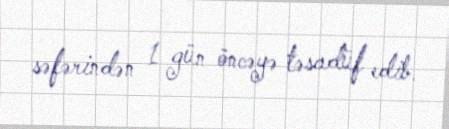
səfərindən 1 gün öncəyə təsadüf edib.